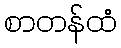
စာတန်ထံ